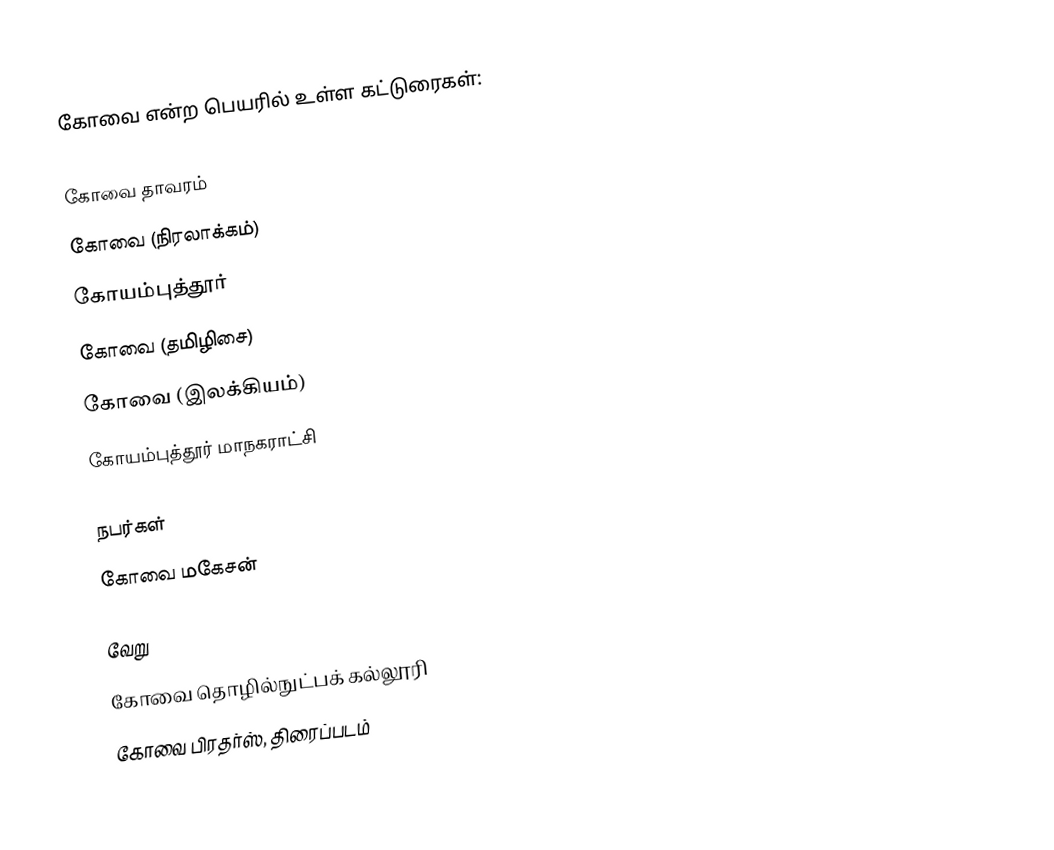
கோவை என்ற பெயரில் உள்ள கட்டுரைகள்:

 கோவை தாவரம்
 கோவை (நிரலாக்கம்)
 கோயம்புத்தூர்
 கோவை (தமிழிசை)
 கோவை (இலக்கியம்)
 கோயம்புத்தூர் மாநகராட்சி

நபர்கள்
 கோவை மகேசன்

வேறு
 கோவை தொழில்நுட்பக் கல்லூரி
 கோவை பிரதர்ஸ், திரைப்படம்